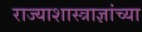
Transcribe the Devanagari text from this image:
राज्याशास्त्राज्ञांच्या